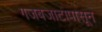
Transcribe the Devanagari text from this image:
गजबजाटापासून